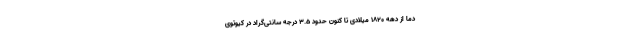
دما از دهه 1820 میلادی تا کنون حدود 3.5 درجه سانتی‌گراد در کیوتوی